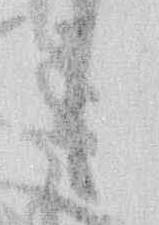
候